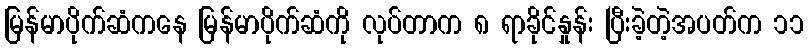
မြန်မာပိုက်ဆံကနေ မြန်မာပိုက်ဆံကို လုပ်တာက ၈ ရာခိုင်နှုန်း ပြီးခဲ့တဲ့အပတ်က ၁၁